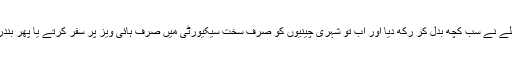
مگر پھر بندرگاہ پر ہونے والے دہشتگرد حملے نے سب کچھ بدل کر رکھ دیا اور اب تو شہری چینیوں کو صرف سخت سیکیورٹی میں صرف ہائی ویز پر سفر کرتے یا پھر بندرگاہ کی دیواروں کے پیچھے دیکھ پاتے ہیں۔